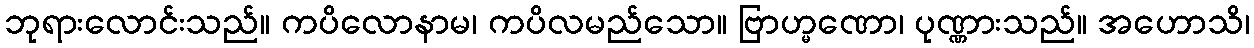
ဘုရားလောင်းသည်။ ကပိလောနာမ၊ ကပိလမည်သော။ ဗြာဟ္မဏော၊ ပုဏ္ဏားသည်။ အဟောသိ၊